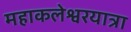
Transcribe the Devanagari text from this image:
महाकलेश्वरयात्रा